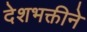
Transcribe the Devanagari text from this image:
देशभक्तीने